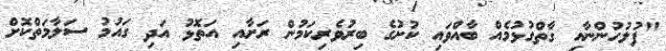
"ފުލުހުންނާއި ގާތްގުޅުމެއް ބާއްވައި ކުށުގެ ބިރުވެރިކަމުން ރަށާއި އަތޮޅު އަދި ގައުމު ސަލާމަތްކޮށް